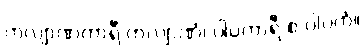
ကလျာဏကာရီ ကလျာဏံ၊ ပါပကာရီ စ ပါပကံ။